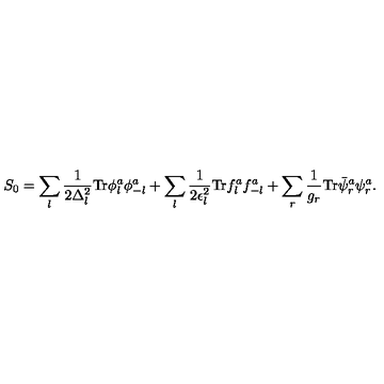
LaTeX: S _ { 0 } = \sum _ { l } \frac { 1 } { 2 \Delta _ { l } ^ { 2 } } \mathrm { T r } \phi _ { l } ^ { a } \phi _ { - l } ^ { a } + \sum _ { l } \frac { 1 } { 2 \epsilon _ { l } ^ { 2 } } \mathrm { T r } f _ { l } ^ { a } f _ { - l } ^ { a } + \sum _ { r } \frac { 1 } { g _ { r } } \mathrm { T r } \bar { \psi } _ { r } ^ { a } \psi _ { r } ^ { a } .